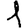
Digit: 1